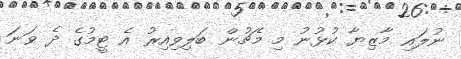
ނުލައި މާޒިޔާ ކުޅުނު މި މެޗުން ބަލިވިއިރު އެ ޓީމުގެ ދެ ވަނަ